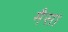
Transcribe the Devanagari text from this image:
मैसा